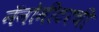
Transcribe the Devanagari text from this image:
नॅनोमीटरची